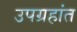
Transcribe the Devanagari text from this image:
उपग्रहांत